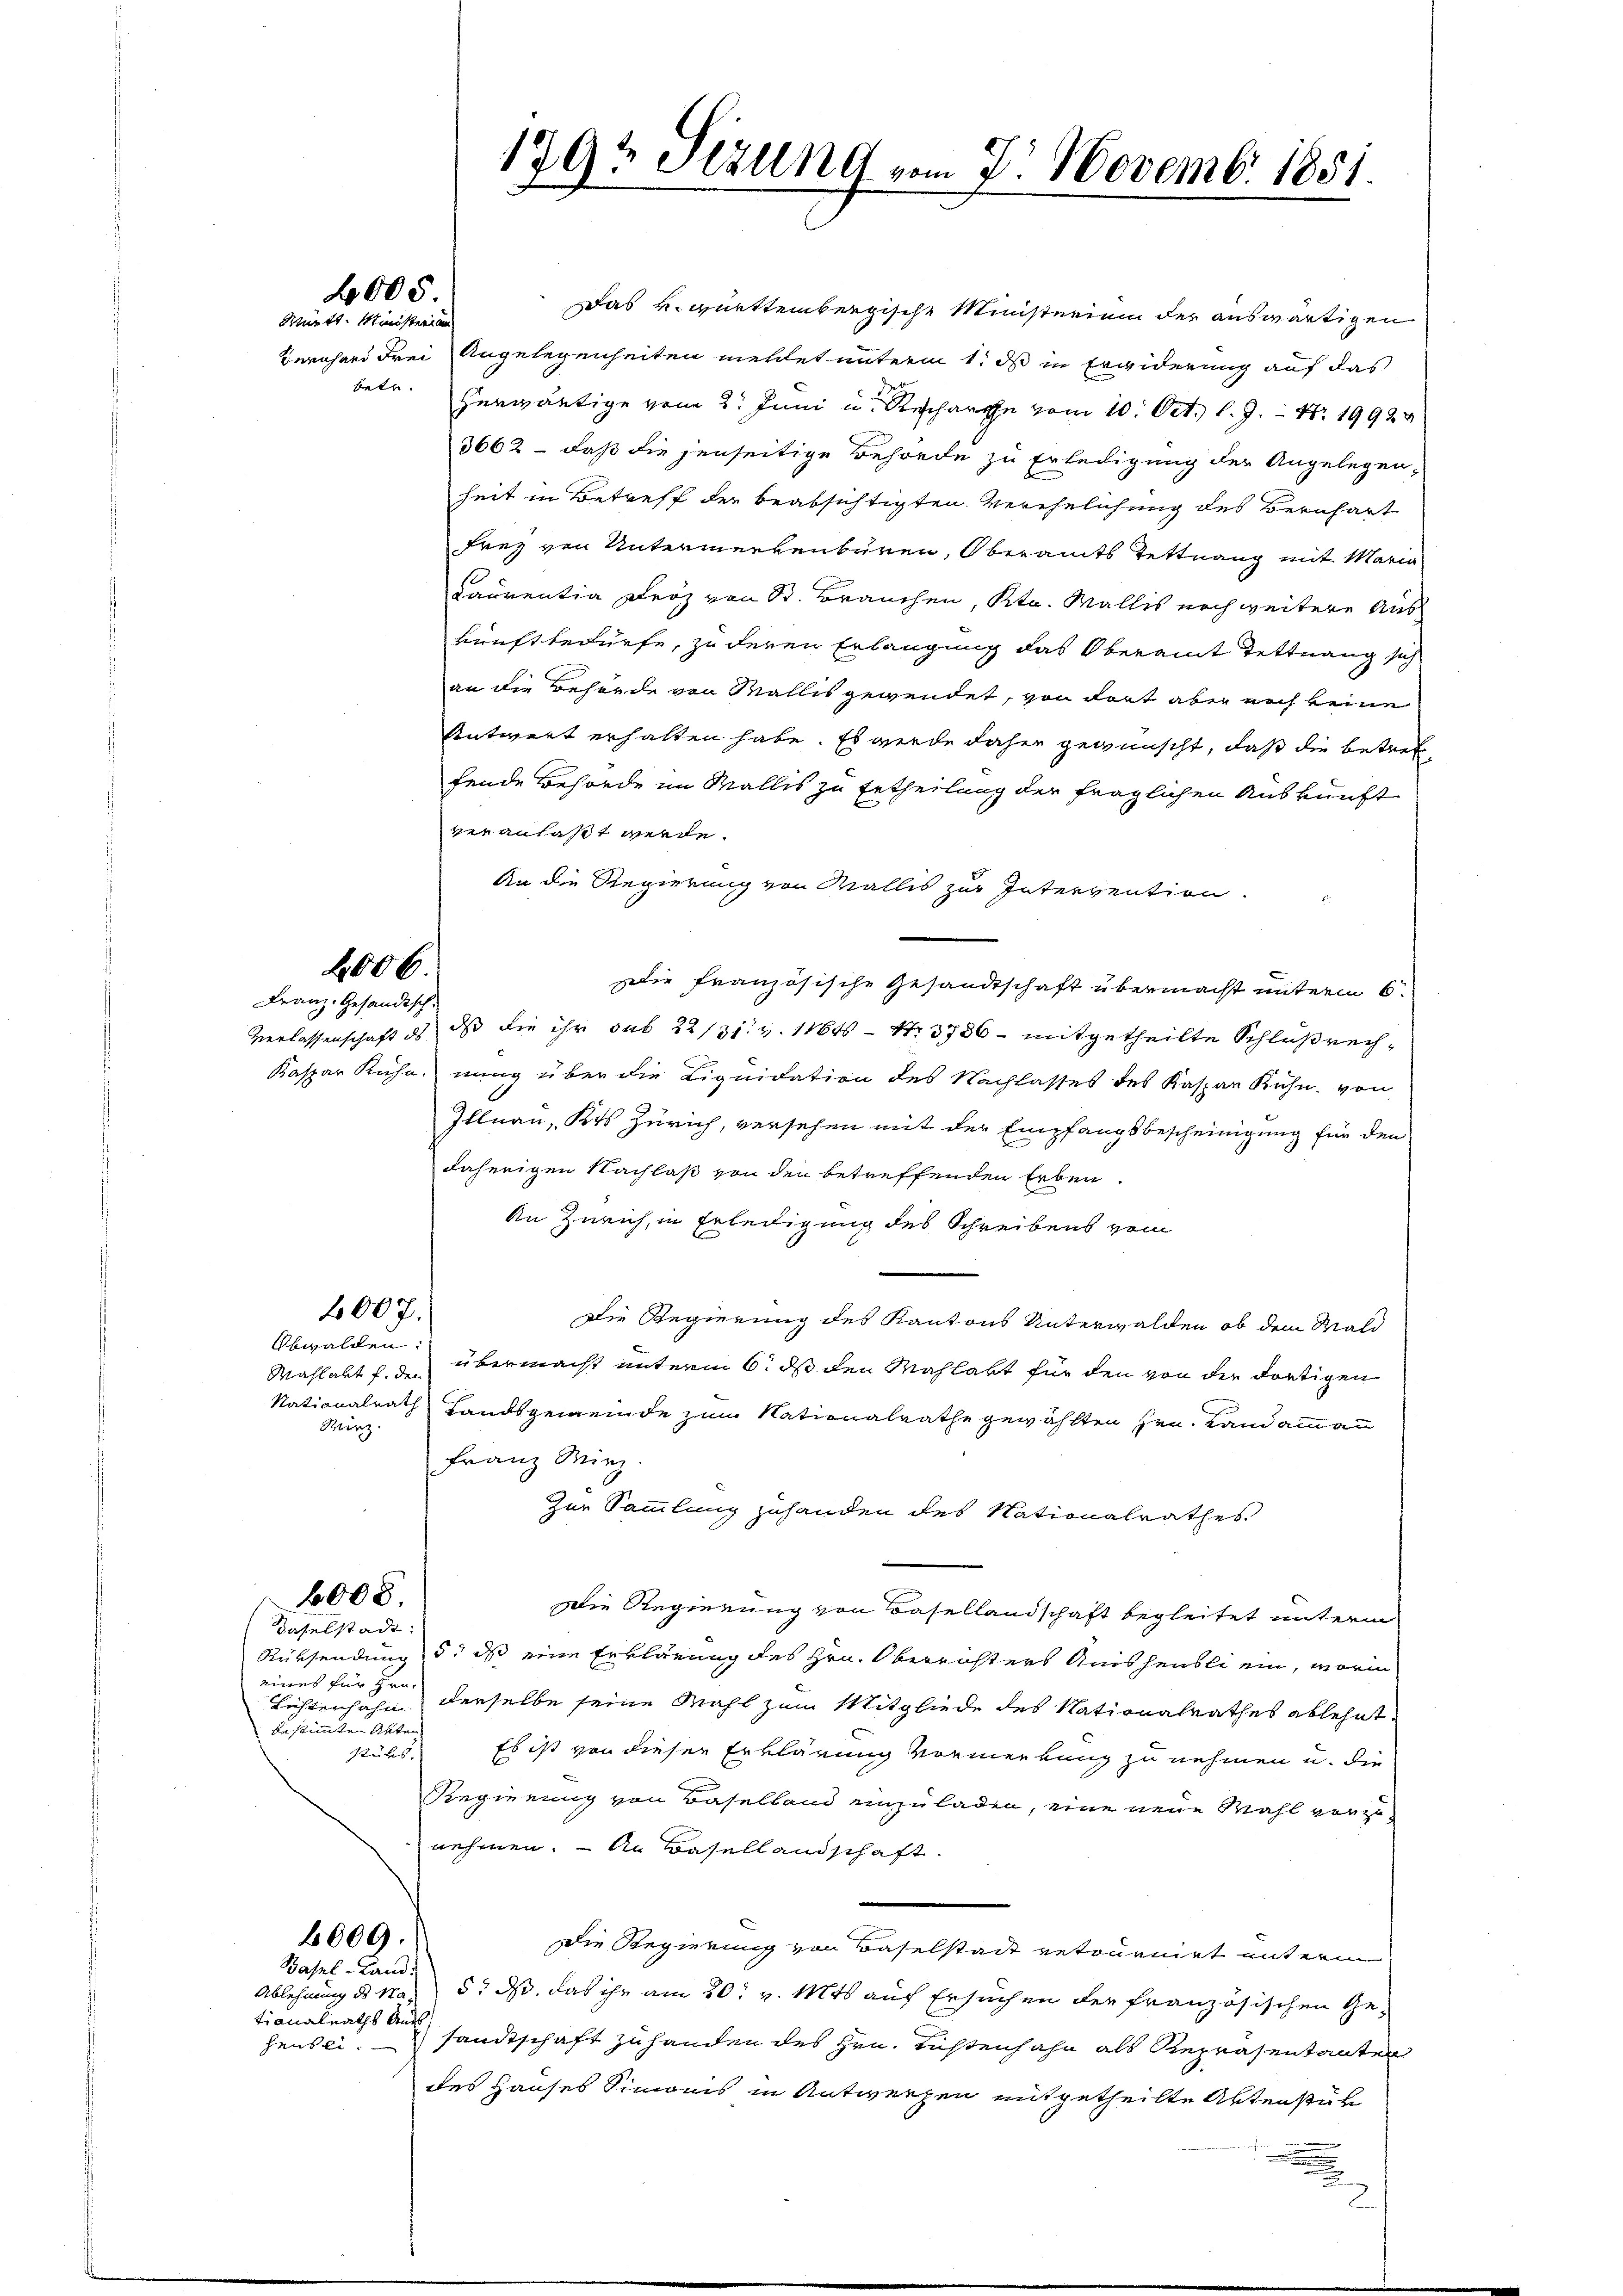
2005.
Mürtt. Ministerien

Franz. Gesandtsch.

2006.

2007.

Obwalden:
Wirz.

6000.
daselstadt:

eines für Grabestimmten Akten
stüks,

2009.

Basel-Land.
tionalraths Ans

Das k. württembergische Ministerium der auswärtigen
Bernhard Frei Angelegenheiten mettet unterm 1. ds in Ergiderung auf das
betr. Herwärtige vom 2. Juni u. Recharte vom 10. Oct. l. J. Nr. 19924
3662 – daß die jenseitige Behörde zu Erledigung der Angelegen-
heit in Betreff der beabsichtigten Verehelichung des Bernhart
frey von Untermerkenbüren, Oberamts Tettnang mit Maria
Cauventia Fröz von St. Brauchen, Kts. Wallis noch weitere Auskunft bedürfe, zu deren Erlangung das Oberamt Tettnang sich
an die Behörde von Wallis gewendet, von dort aber noch keine
Antwort erhalten habe. Es wurde daher gewünscht, daß die betreffende Behörde im Wallis zu Ertheilung der fraglichen Auskunft
veranlaßt werde.
An die Regierung von Wallis zur Intervention.
ie französische Gesandtschaft übermacht unterm 6.
Verlassenschaft ds dass die ihr sub 22/31. v. 11646 - N. 3736 - mitgetheilte Schlußrech¬
Kaspar Ruhe, nung über die Liquidation des Nachlasses des Kaspar Kühn, von
Illnau, Kts Zürich, versehen mit der Empfangsbescheinigung für den
daherigen Nachlaß von den betreffenden Erben.
An Zürich, in Erledigung des Schreibens vom
Die Regierung des Kantons Unterwalden, ob dem Wald
Wahlakt f. den übermacht unterm 6. ds den Mahlakt für den von der dortigen
Nationalrath Landsgemeinde zum Nationalrathe gewählten Hrn. Landammann
Franz Wirz
Zur Sammlung zuhanden des Nationalrathes
Die Regierung von Basellandschaft begleitet unterm
Rüksendung d. ds eine Erklärung des Hrn. Oberrichters Ausheuble ein, worin
Lichtenhahn derselbe seine Mahl zum Mitgliede des Nationalrathes ablehnt
Es ist von dieser Erklärung Vormerkung zu nehmen u. die
Regierung von Baselland einzuladen, eine neue Wahl vorzunehmen. — An Basellandschaft.
Die Regierung von Baselstadt retournirt unterm
Ablehnung des Naz 5. ds. das ihr am 20. v. Mts auf Ersuchen der französischen Geheuten sandtschaft zu handen des Hrn. Richtenhahn als Repräsentanten
des Hauses Simonis in Antwerfen mitgetheilte Aktenstän
u

179? Sizung vom 7. Novemb. 1851.